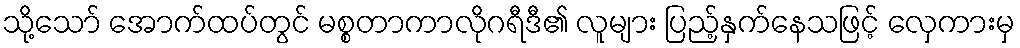
သို့သော် အောက်ထပ်တွင် မစ္စတာကာလိုဂရီဒီ၏ လူများ ပြည့်နှက်နေသဖြင့် လှေကားမှ